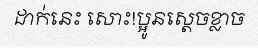
ដាក់នេះ សោះ!ប្អូនស្តេចខ្លាច